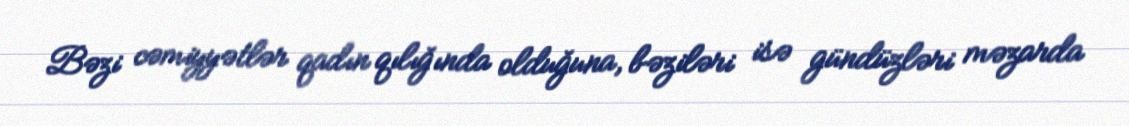
Bəzi cəmiyyətlər qadın qılığında olduğuna, bəziləri isə gündüzləri məzarda